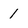
Character: 1